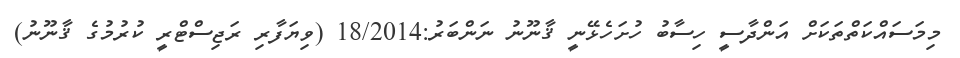
މިމަސައްކަތްތަކަށް އަންދާސީ ހިސާބު ހުށަހެޅޭނީ ޤާނޫނު ނަންބަރު:18/2014 (ވިޔަފާރި ރަޖިސްޓްރީ ކުރުމުގެ ޤާނޫނު)